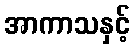
အာကာသနှင့်